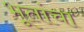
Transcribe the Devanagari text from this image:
भूतांचा